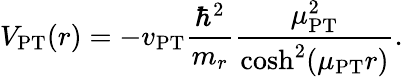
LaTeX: V_{\mathrm{PT}}(r)=-v_{\mathrm{PT}}\frac{\hbar^{2}}{m_{r}}\frac{\mu_{\mathrm{PT}}^{2}}{\cosh^{2}(\mu_{\mathrm{PT}}r)}.